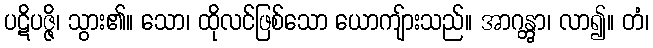
ပဋိပဇ္ဇိ၊ သွား၏။ သော၊ ထိုလင်ဖြစ်သော ယောကျ်ားသည်။ အာဂန္တွာ၊ လာ၍။ တံ၊